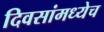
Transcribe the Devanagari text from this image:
दिवसांमध्येच